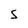
Character: 5